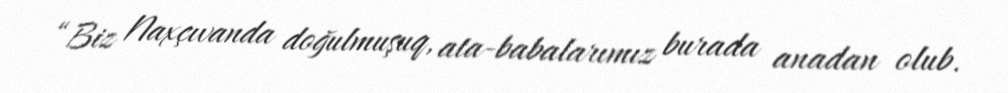
“Biz Naxçıvanda doğulmuşuq, ata-babalarımız burada anadan olub.